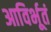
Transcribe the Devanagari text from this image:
आविर्भूतं